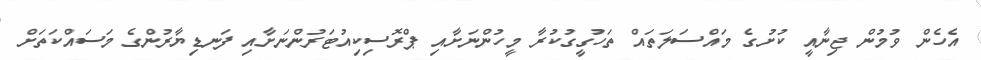
އެހެން ވުމުން ޖިނާއީ ކުށުގެ މައްސަލަތައް ތަހުގީގުކުރާ މީހުންނަށާއި ޕްރޮސިކިއުޓަރުންނަށާއި ފަނޑިޔާރުންގެ މަސައްކަތަށް